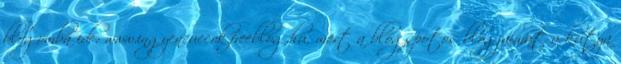
blogomba ide: www.ingyencuccok.freeblog.hu, mert a blogspotos blogjaimat a kutya